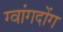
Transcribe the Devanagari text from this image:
ग्वांगदोंग